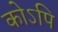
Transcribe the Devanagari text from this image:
कोऽपि